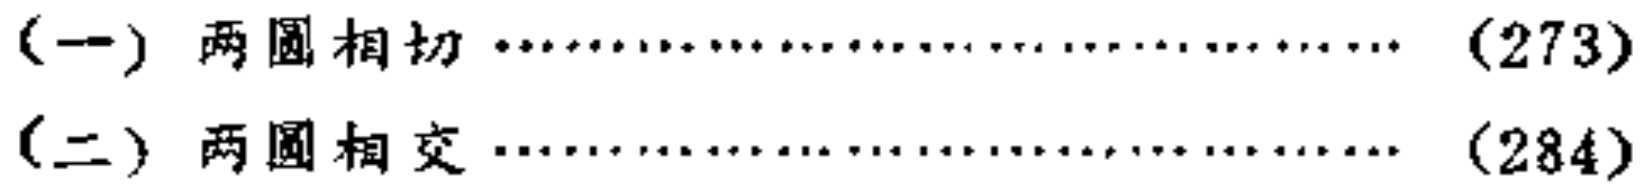
(一) 两圆相切 \dotfill (273)\\

(二) 两圆相交 \dotfill (284)